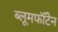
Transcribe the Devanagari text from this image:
ब्लूमफॉँटेन